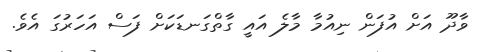
ވާދޫ އަށް އުފަން ނިއުމާ މާލެ އައީ ގާތްގަނޑަކަށް ފަސް އަހަރުގަ އެވެ.